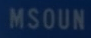
MSOUN